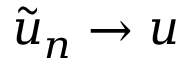
\tilde { u } _ { n } \rightarrow u